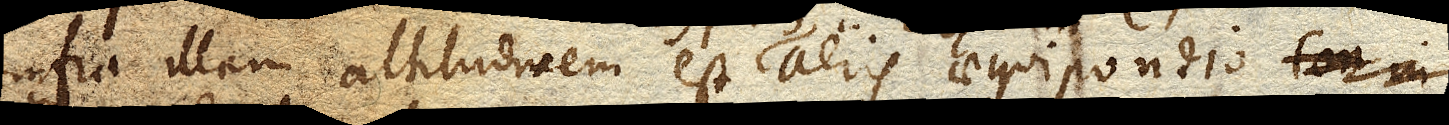
infra illam altitudinem est aeris aequipondio